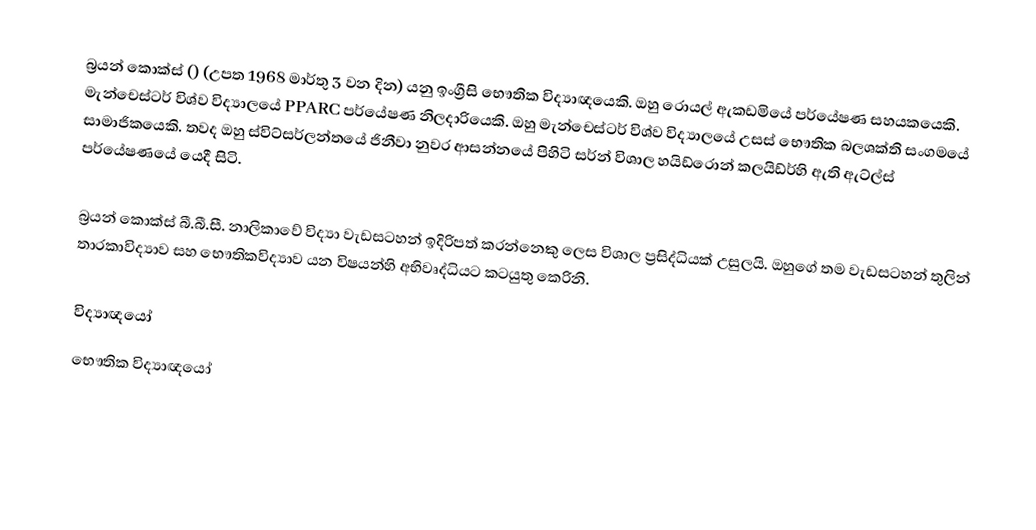
බ්‍රයන් කොක්ස් () (උපත 1968 මාර්තු 3 වන දින) යනු ඉංග්‍රීසි භෞතික විද්‍යාඥයෙකි. ඔහු රොයල් ඇකඩමියේ පර්යේෂණ සහයකයෙකි. මැන්චෙස්ටර් විශ්ව විද්‍යාලයේ PPARC පර්යේෂණ නිලදාරියෙකි. ඔහු මැන්චෙස්ටර් විශ්ව විද්‍යාලයේ උසස් භෞතික බලශක්‌ති සංගමයේ සාමාජිකයෙකි. තවද ඔහු ස්විට්සර්ලන්තයේ ජිනීවා නුවර ආසන්නයේ පිහිටි සර්න් විශාල හයිඩ්රොන් කලයිඩ්ර්හි ඇති ඇට්ල්ස් පර්යේෂණයේ යෙදී සිටි.

බ්‍රයන් කොක්ස් බී.බී.සී. නාලිකාවේ විද්‍යා වැඩසටහන් ඉදිරිපත් කරන්නෙකු ලෙස විශාල ප්‍රසිද්ධියක් උසුලයි. ඔහුගේ තම වැඩසටහන් තුලින් තාරකාවිද්‍යාව සහ භෞතිකවිද්‍යාව යන විෂයන්හි අභිවෘද්ධියට කටයුතු කෙරිනි.

විද්‍යාඥයෝ
භෞතික විද්‍යාඥයෝ